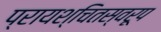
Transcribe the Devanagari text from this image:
प्रायश्चितस्वरूप